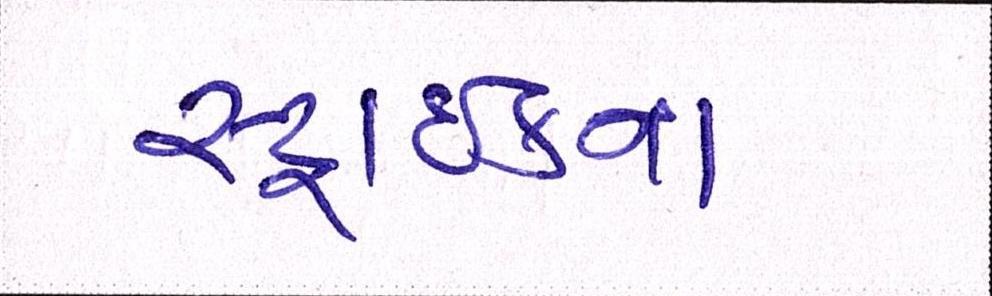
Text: સ્ટ્રાઈકના